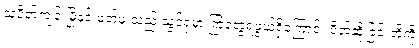
သပိတ်ကျင်းမြို့နှင့် ဖတ်ဖူးသည် သွင်ရုံမှာ ကြုံတွေ့ရဖွယ်ရှိကြောင်း ပိတ်ဆို့ခြင်းတို့ကို